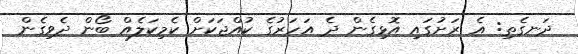
ދަނގެތި: އެ ރަށުގައި އޮޅިގެން ދެ އަހަރުގެ ކުއްޖަކަށް ކެމިކަލެއް ބޯން ދެވިގެން